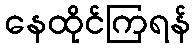
နေထိုင်ကြရန်